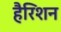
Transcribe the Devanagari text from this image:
हैरिशन